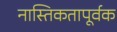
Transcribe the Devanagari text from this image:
नास्तिकतापूर्वक